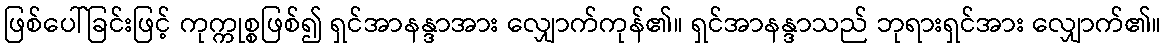
ဖြစ်ပေါ်ခြင်းဖြင့် ကုက္ကုစ္စဖြစ်၍ ရှင်အာနန္ဒာအား လျှောက်ကုန်၏။ ရှင်အာနန္ဒာသည် ဘုရားရှင်အား လျှောက်၏။